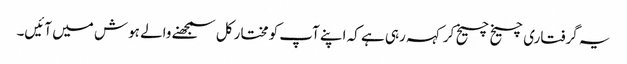
یہ گرفتاری چیخ چیخ کر کہہ رہی ہے کہ اپنے آپ کو مختار کل سمجھنے والے ہوش میں آئیں۔